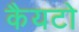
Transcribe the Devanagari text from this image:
कैयटो